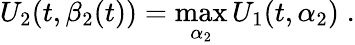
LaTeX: U_{2}(t,\beta_{2}(t))=\operatorname*{max}_{\alpha_{2}}U_{1}(t,\alpha_{2})\; .